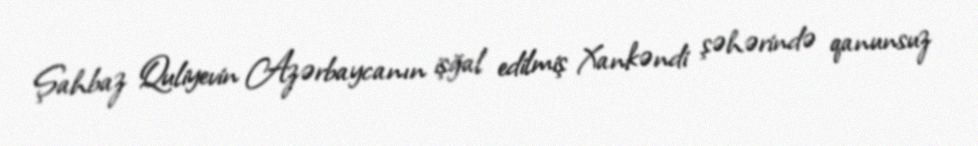
Şahbaz Quliyevin Azərbaycanın işğal edilmiş Xankəndi şəhərində qanunsuz